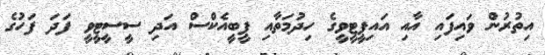
އިތުރުން ވައިފައި އާއި އައިޕީޓީވީގެ ހިދުމަތާއި ޕީބީއެކްސް އަދި ސީސީޓީވީ ފަދަ ފަހުގެ